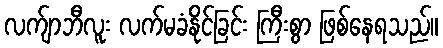
လက်ျာဘီလူး လက်မခံနိုင်ခြင်း ကြီးစွာ ဖြစ်နေရသည်။